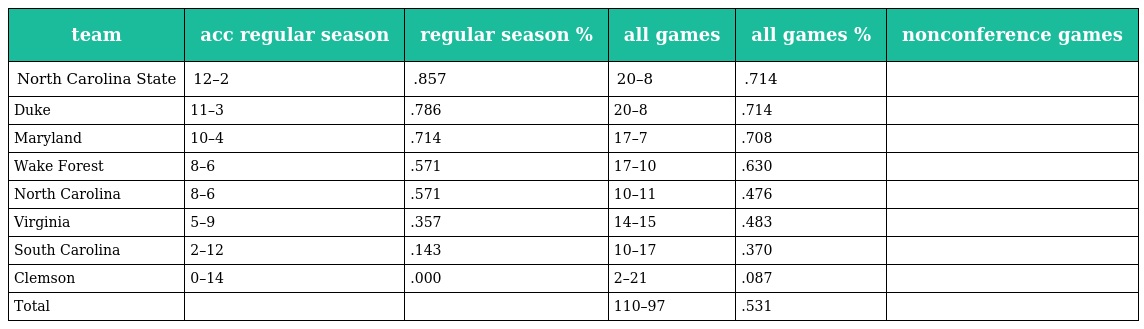
| team | acc regular season | regular season % | all games | all games % | nonconference games |
 | --- | --- | --- | --- | --- | --- |
 | North Carolina State | 12–2 | .857 | 20–8 | .714 |  |
 | Duke | 11–3 | .786 | 20–8 | .714 |  |
 | Maryland | 10–4 | .714 | 17–7 | .708 |  |
 | Wake Forest | 8–6 | .571 | 17–10 | .630 |  |
 | North Carolina | 8–6 | .571 | 10–11 | .476 |  |
 | Virginia | 5–9 | .357 | 14–15 | .483 |  |
 | South Carolina | 2–12 | .143 | 10–17 | .370 |  |
 | Clemson | 0–14 | .000 | 2–21 | .087 |  |
 | Total |  |  | 110–97 | .531 |  |